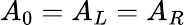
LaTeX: A_{0}=A_{L}=A_{R}